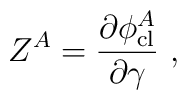
Z^A = \frac{\partial \phi^A_{\rm cl}}{\partial \gamma}\ ,